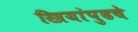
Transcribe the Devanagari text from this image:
स्त्रियांपुढचे